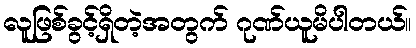
လူဖြစ်ခွင့်ရှိတဲ့အတွက် ဂုဏ်ယူမိပါတယ်။